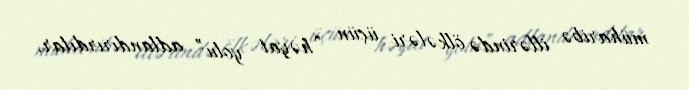
müharibə illərində ölkələri üçün “həyat yolu” adlandırırdılar.